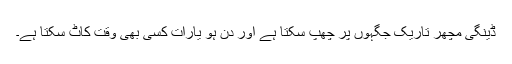
ڈینگی مچھر تاریک جگہوں پر چھپ سکتا ہے اور دن ہو یارات کسی بھی وقت کاٹ سکتا ہے۔